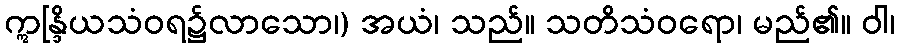
ဣန္ဒြိယသံဝရ၌လာသော၊) အယံ၊ သည်။ သတိသံဝရော၊ မည်၏။ ဝါ၊